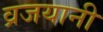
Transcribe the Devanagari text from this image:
व्रजयानी